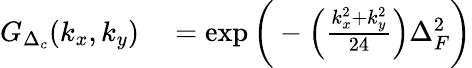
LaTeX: \begin{array}{rl}{G_{\Delta_{c}}(k_{x},k_{y})}&{{}=\exp\bigg(-\Big(\frac{k_{x}^{2}+k_{y}^{2}}{24}\Big)\Delta_{F}^{2}\bigg)}\end{array}